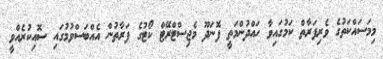
މިމަސައްކަތުގެ ވެރިފަރާތް ކަމުގައިވާ ހައްދުންމަތީ ފޮނަދޫ މެޖިސްޓްރޭޓް ކޯޓުގެ ފަރާތުން އެއްބަސްވުމުގައި ސޮއިކުރެއްވީ